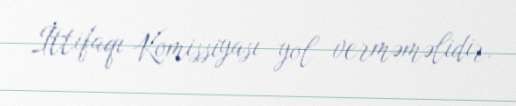
İttifaqı Komissiyası yol verməməlidir.